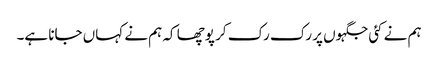
ہم نے کئی جگہوں پر رک رک کر پوچھا کہ ہم نے کہاں جانا ہے۔